Report on vaccination North-West Frontier Province 1904-1922 - 1904-1922
Year: 1904
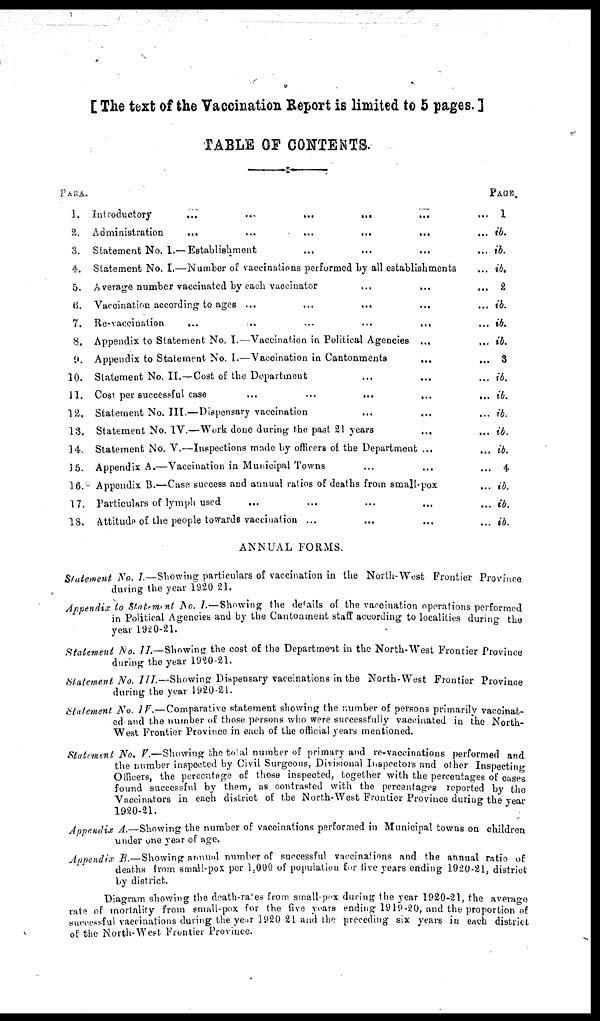
[ The text of the Vaccination Report is limited to 5 pages. ]
TABLE OF CONTENTS.
PARA.
1.
2.
3.
4.
5.
6.
7.
8.
9.
10.
11.
12.
13.
14.
15.
16.
17.
18.
introductory
...
...
...
... ... ...
Administration
...
...
...
...
... ...
Statement No. I.— Establishment ... ... ... ...
Statement No. I.—Number of vaccinations performed by all establishments ...
Average number vaccinated by each vaccinator ... ... ...
Vaccination according to ages ... ... ... ... ...
Re-vaccination
...
..
...
...
... ...
Appendix to Statement No. I.—Vaccination in Political Agencies ... ...
Appendix to Statement No. I.— Vaccination in Cantonments
... ...
Statement No. II. —Cost of the Department ... ... ...
Cost per successful case
...
...
... ... ...
Statement No. III.—Dispensary vaccination ... ... ...
Statement No. IV.—Work done during the past 21 years ... ...
Statement No. V.—Inspections made by officers of the Department ... ...
Appendix A.—Vaccination in Municipal Towns ... ... ...
Appendix 13.—Case success and annual ratios of deaths from small-pox ...
Particulars of lymph used ... ... ... ... ...
Attitude of the people towards vaccination ... ... ... ...
ANNUAL FORMS.
PAGE.
1
ib.
ib.
ib.
2
ib.
ib.
ib.
3
ib.
ib.
ib.
ib.
ib.
4
ib.
ib.
ib.
Statement No. I.— Showing particulars of vaccination in the North-West Frontier Province
during the year 1920-21.
Appendix to Statement No. I.—Showing the details of the vaccination operations performed
in Political Agencies and by the Cantonment staff according to localities during the
year 1920-21.
Statement No. II.—Showing the cost of the Department in the North-West Frontier Province
during the year 1920-21.
Statement No. III.—Showing Dispensary vaccinations in the North-West Frontier Province
during the year 1920-21.
Statement No. IV.—Comparative statement showing the number of persons primarily vaccinat-
ed and the number of those persons who were successfully vaccinated in the North¬
West Frontier Province in each of the official years mentioned.
Statement. No. V —Showing the total number of primary and re-vaccinations performed and
the number inspected by Civil Surgeons, Divisional Inspectors and other Inspecting
Officers, the percentage of those inspected, together with the percentages of cases
found successful by them, as contrasted with the percentage reported by the
Vaccinators in each district of the North-West Frontier Province during the year
1920-21.
Appendix A.—Showing the number of vaccinations performed in Municipal towns on children
under one year of age.
Appendix B.— Showing annual number of successful vaccinations and the annual ratio of
deaths from small-pox per 1,000 of population for five years ending 1920-21, district
by district.
Diagram showing the death-rates from small-pox during the year 1920-21, the average
rate of mortality from small-pox for the five years ending 1919-20, and the proportion of
successful vaccinations during the year 1920-21 and the preceding six years in each district
of the North-West Frontier Province.